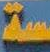
سة